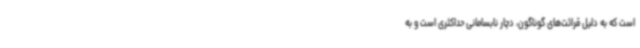
است که به دلیل قرائت‌های گوناگون، دچار نابسامانی حداکثری است و به